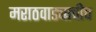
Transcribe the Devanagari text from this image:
मराठवाड्याचीच